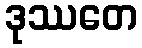
ဒုဿတေ